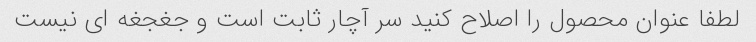
لطفا عنوان محصول را اصلاح کنید سر آچار ثابت است و جغجغه ای نیست